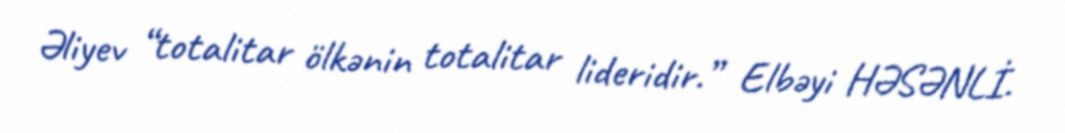
Əliyev “totalitar ölkənin totalitar lideridir.” Elbəyi HƏSƏNLİ.